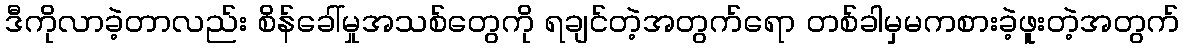
ဒီကိုလာခဲ့တာလည်း စိန်ခေါ်မှုအသစ်တွေကို ရချင်တဲ့အတွက်ရော တစ်ခါမှမကစားခဲ့ဖူးတဲ့အတွက်